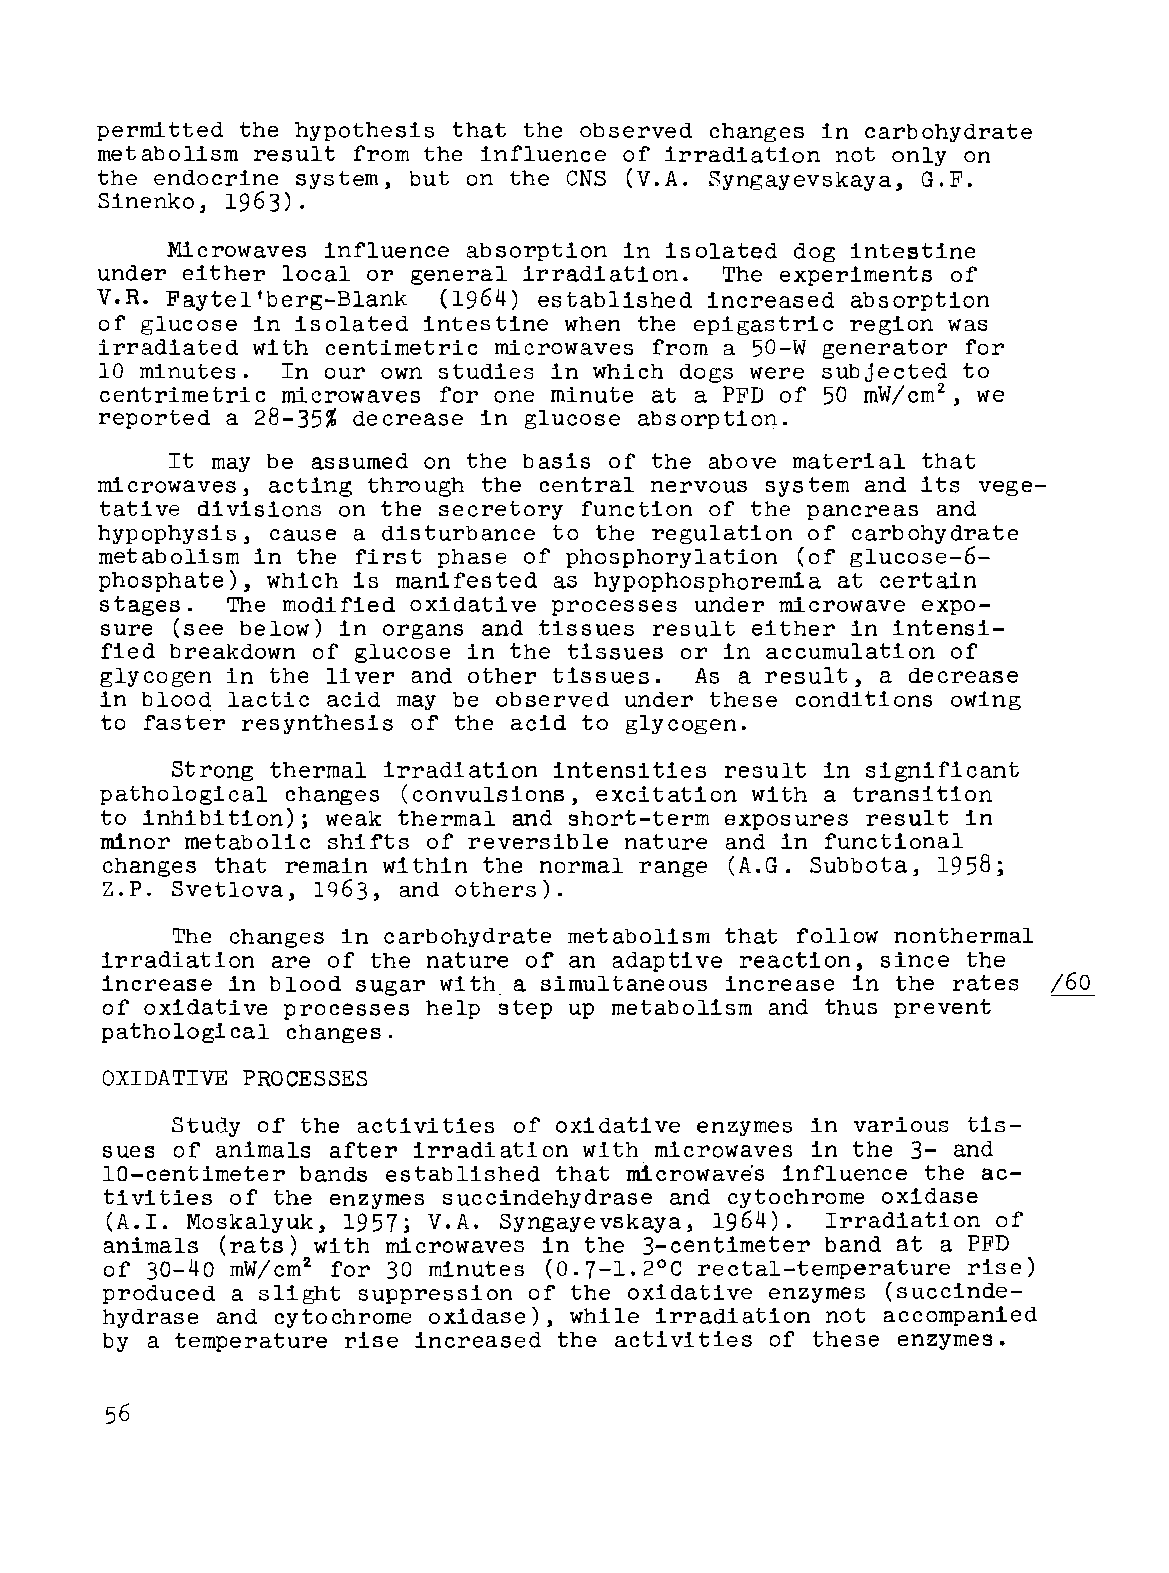
permitted the hypothesis that the observed changes in carbohydrate
 metabolism result from the influence of irradiation not only on
 the endocrine system, but on the CNS (V.A. Syngayevskaya, G.F.
 Sinenko, 1963).
 Microwaves influence absorption in isolated dog intestine
 under either local or general irradiation. The experiments of
 V.R. Faytel'berg-Blank (1964) established increased absorption
 of glucose in isolated intestine when the epigastric region was
 irradiated with centimetric microwaves from a 50-W generator for
 10 minutes. In our own studies in which dogs were subjected to
 centrimetric microwaves for one minute at a PFD of 50 mW/cm2 we
 ,
 reported a 28-35% decrease in glucose absorption.
 It may be assumed on the basis of the above material that
 microwaves, acting through the central nervous system and its vege
 tative divisions on the secretory function of the pancreas and
 hypophysis, cause a disturbance to the regulation of carbohydrate
 metabolism in the first phase of phosphorylation (of glucose-6-
 phosphate), which is manifested as hypophosphoremia at certain
 stages. The modified oxidative processes under microwave expo
 sure (see below) in organs and tissues result either in intensi
 fied breakdown of glucose in the tissues or in accumulation of
 glycogen in the liver and other tissues. As a result, a decrease
 in blood lactic acid may be observed under these conditions owing
 to faster resynthesis of the acid to glycogen.
 Strong thermal irradiation intensities result in significant
 pathological changes (convulsions, excitation with a transition
 to inhibition); weak thermal and short-term exposures result in
 minor metabolic shifts of reversible nature and in functional
 changes that remain within the normal range (A.G. Subbota, 1958;
 Z.P. Svetlova, 1963, and others).
 The changes in carbohydrate metabolism that follow nonthermal
 irradiation are of the nature of an adaptive reaction, since the
 increase in blood sugar with a simultaneous increase in the rates /60
 of oxidative processes help step up metabolism and thus prevent
 pathological changes.
 OXIDATIVE PROCESSES
 Study of the activities of oxidative enzymes in various tis
 sues of animals after irradiation with microwaves in the 3- and
 la-centimeter bands established that microwaves influence the ac
 tivities of the enzymes succindehydrase and cytochrome oxidase
 (A.I. Moskalyuk, 1957; V.A. Syngayevskaya, 1964). Irradiation of
 animals (rats) with microwaves in the 3-centimeter band at a PFD
 of 30-40 mW/cm2 for 30 minutes (0.7-1.2°C rectal-temperature rise)
 produced a slight suppression of the oxidative enzymes (succinde
 hydrase and cytochrome oxidase), while irradiation not accompanied
 by a temperature rise increased the activities of these enzymes.
 56